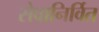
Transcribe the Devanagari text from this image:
सेवानिर्वित